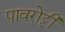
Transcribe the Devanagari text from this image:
पावरोट्टी